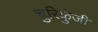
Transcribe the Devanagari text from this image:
चुरिकुंजी